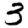
Digit: 3